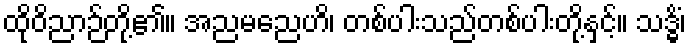
ထိုဝိညာဉ်တို့၏။ အညမညေဟိ၊ တစ်ပါးသည်တစ်ပါးတို့နှင့်။ သဒ္ဓိံ၊